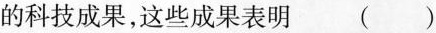
的科技成果，这些成果表明 ()